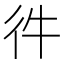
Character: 𢓐